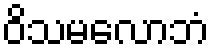
ဝိသမလောဘံ